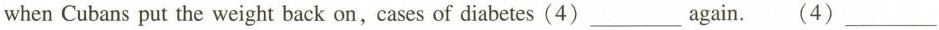
when Cubans put the weight back on, cases of diabetes(4)___ again. (4)___